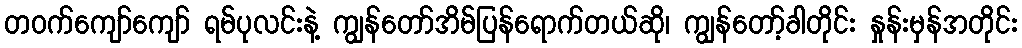
တဝက်ကျော်ကျော် ရမ်ပုလင်းနဲ့ ကျွန်တော်အိမ်ပြန်ရောက်တယ်ဆို၊ ကျွန်တော့်ခါတိုင်း နှုန်းမှန်အတိုင်း